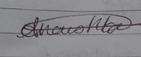
Signature authenticity: genuine